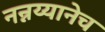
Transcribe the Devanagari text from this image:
नन्नय्यानेच